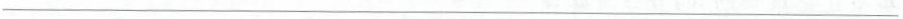
___